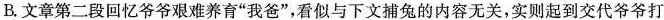
文章第二段回忆爷爷艰难养育”我爸”，看似与下文捕兔的内容无关，实则起到交代爷爷打